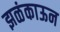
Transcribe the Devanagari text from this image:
झळंकाऊन